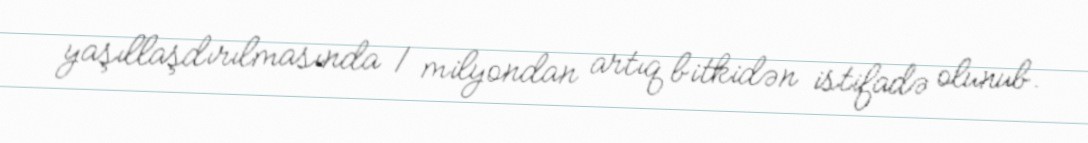
yaşıllaşdırılmasında 1 milyondan artıq bitkidən istifadə olunub.